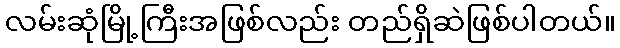
လမ်းဆုံမြို့ကြီးအဖြစ်လည်း တည်ရှိဆဲဖြစ်ပါတယ်။